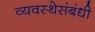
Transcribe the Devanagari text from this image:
व्यवस्थेसंबंधी